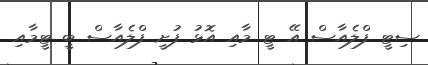
ސިޓީ ފްލެއާސް އޭ ޓީ މާއި އޮޅު ފުށީ ފްލެއާސް ބީ ޓީމާއި